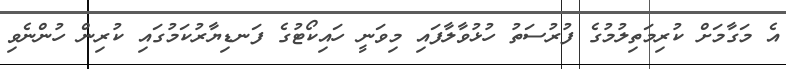
އެ މަގާމަށް ކުރިމަތިލުމުގެ ފުރުސަތު ހުޅުވާލާފައި މިވަނީ ހައިކޯޓުގެ ފަނޑިޔާރުކަމުގައި ކުރިން ހުންނެވި